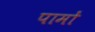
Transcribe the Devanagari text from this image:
पामों